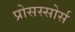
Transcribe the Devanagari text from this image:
प्रोसस्सोर्स